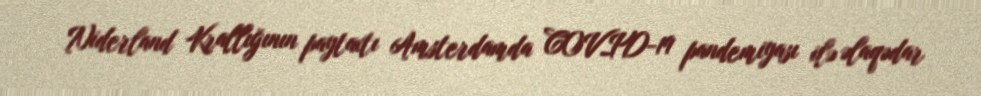
Niderland Krallığının paytaxtı Amsterdamda COVID-19 pandemiyası ilə əlaqədar